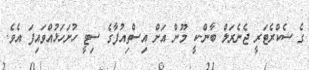
ގެ ސެކްރެޓަރީ ޖެނެރަލް ބާން-ކީ މޫން އަށް އިސްތިއުފާގެ ސިޓީ ހުށަހަޅުއްވައިފަ އެވެ.